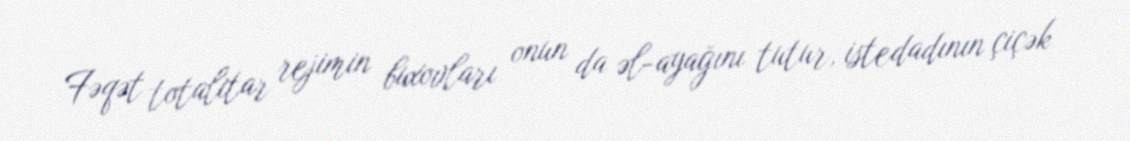
Fəqət totalitar rejimin buxovları onun da əl-ayağını tutur, istedadının çiçək